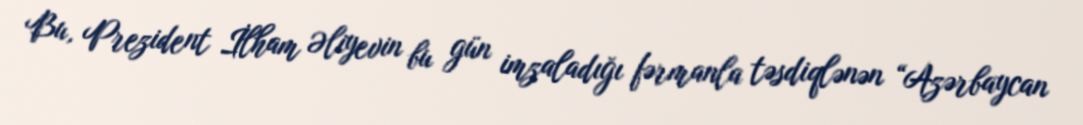
Bu, Prezident İlham Əliyevin bu gün imzaladığı fərmanla təsdiqlənən “Azərbaycan